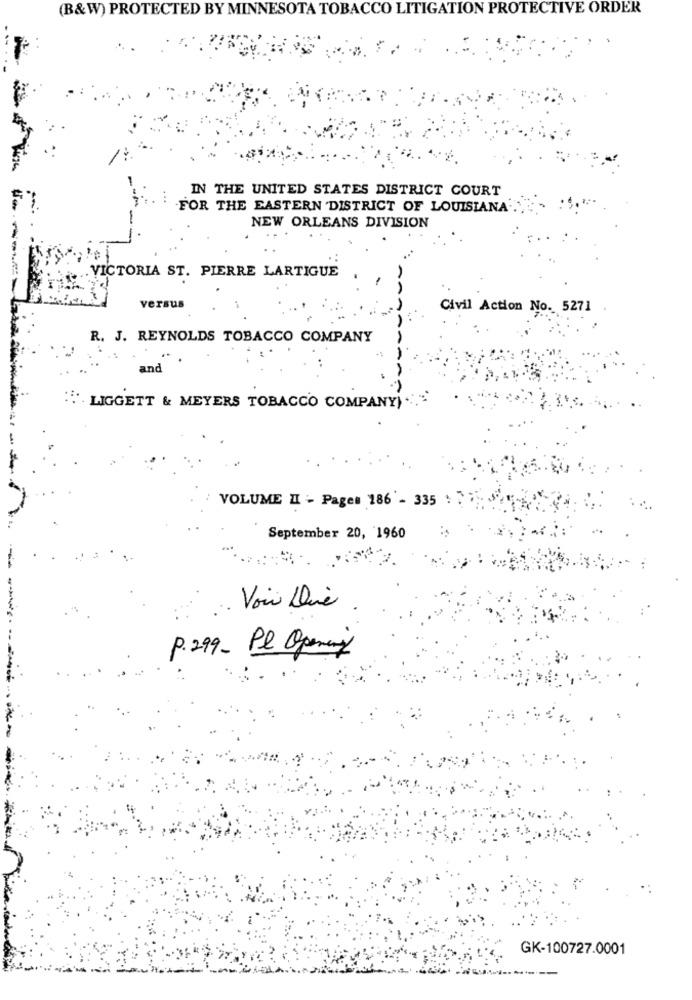
(B&W) PROTECTED BY MINNESOTA TOBACCO LITIGATION PROTECTIVE ORDER
IN THE UNITED STATES DISTRICT COURT
FOR THE EASTERN DISTRICT OF LOUISIANA ..
NEW ORLEANS DIVISION
VICTORIA ST. PIERRE LARTIGUE
versus
Civil Action No. 5271
R. J. REYNOLDS TOBACCO COMPANY
and
'. LIGGETT & MEYERS TOBACCO COMPANY)
VOLUME II - Pages 186 - 335 :
September 20, 1960
.. Voir Die
P. 299 _ Pl Opening
------
GK-100727.0001